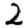
Digit: 2